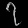
Digit: ၇